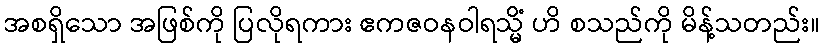
အစရှိသော အဖြစ်ကို ပြလိုရကား ဧကဇဝနဝါရသ္မိံ ဟိ စသည်ကို မိန့်သတည်း။